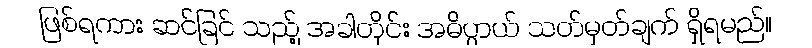
ဖြစ်ရကား ဆင်ခြင် သည့် အခါတိုင်း အဓိပ္ပာယ် သတ်မှတ်ချက် ရှိရမည်။